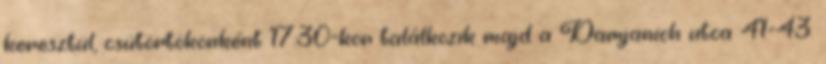
keresztül, csütörtökönként 17:30-kor találkozik majd a Damjanich utca 41-43.